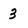
Character: 3